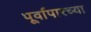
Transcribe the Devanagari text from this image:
पूर्वापारच्या